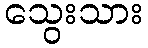
သွေးသား